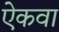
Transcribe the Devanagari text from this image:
ऐकवा